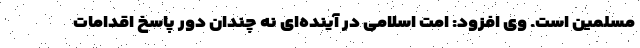
مسلمین است. وی افزود: امت اسلامی در آینده‌ای نه چندان دور پاسخ اقدامات